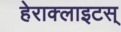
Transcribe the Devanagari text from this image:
हेराक्लाइटस्